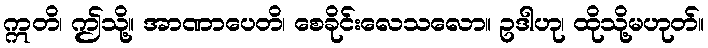
ဣတိ၊ ဤသို့။ အာဏာပေတိ၊ စေခိုင်းလေသလော။ ဥဒါဟု၊ ထိုသို့မဟုတ်။